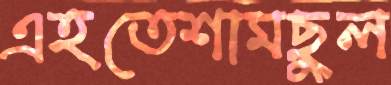
এহতেশামছুল